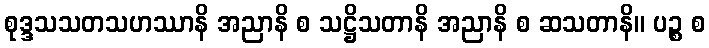
စုဒ္ဒသသတသဟဿာနိ အညာနိ စ သဋ္ဌိသတာနိ အညာနိ စ ဆသတာနိ။ ပဉ္စ စ